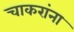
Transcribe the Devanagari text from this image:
चाकरांना